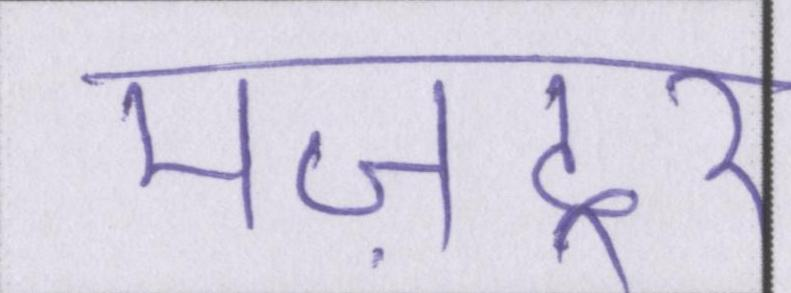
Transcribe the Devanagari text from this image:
मज़दूर